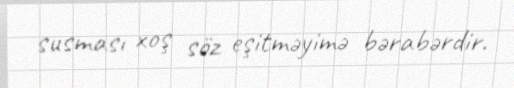
susması xoş söz eşitməyimə bərabərdir.